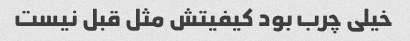
خیلی چرب بود کیفیتش مثل قبل نیست